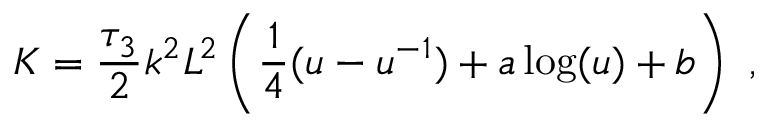
K = { \frac { \tau _ { 3 } } { 2 } } k ^ { 2 } L ^ { 2 } \left( { \frac { 1 } { 4 } } ( u - u ^ { - 1 } ) + a \log ( u ) + b \right) \ ,